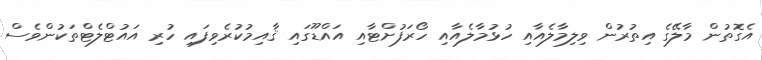
އެގޮތުން މާލޭގެ އިތުރުން ވިލިމާލެއާއި ހުޅުމާލެއާއި ހޯރަފުށްޓާއި އައްޑޫގައި ޤާއިމުކުރެވިފައި ހުރި އައުޓްލެޓްތަކުންވެސް